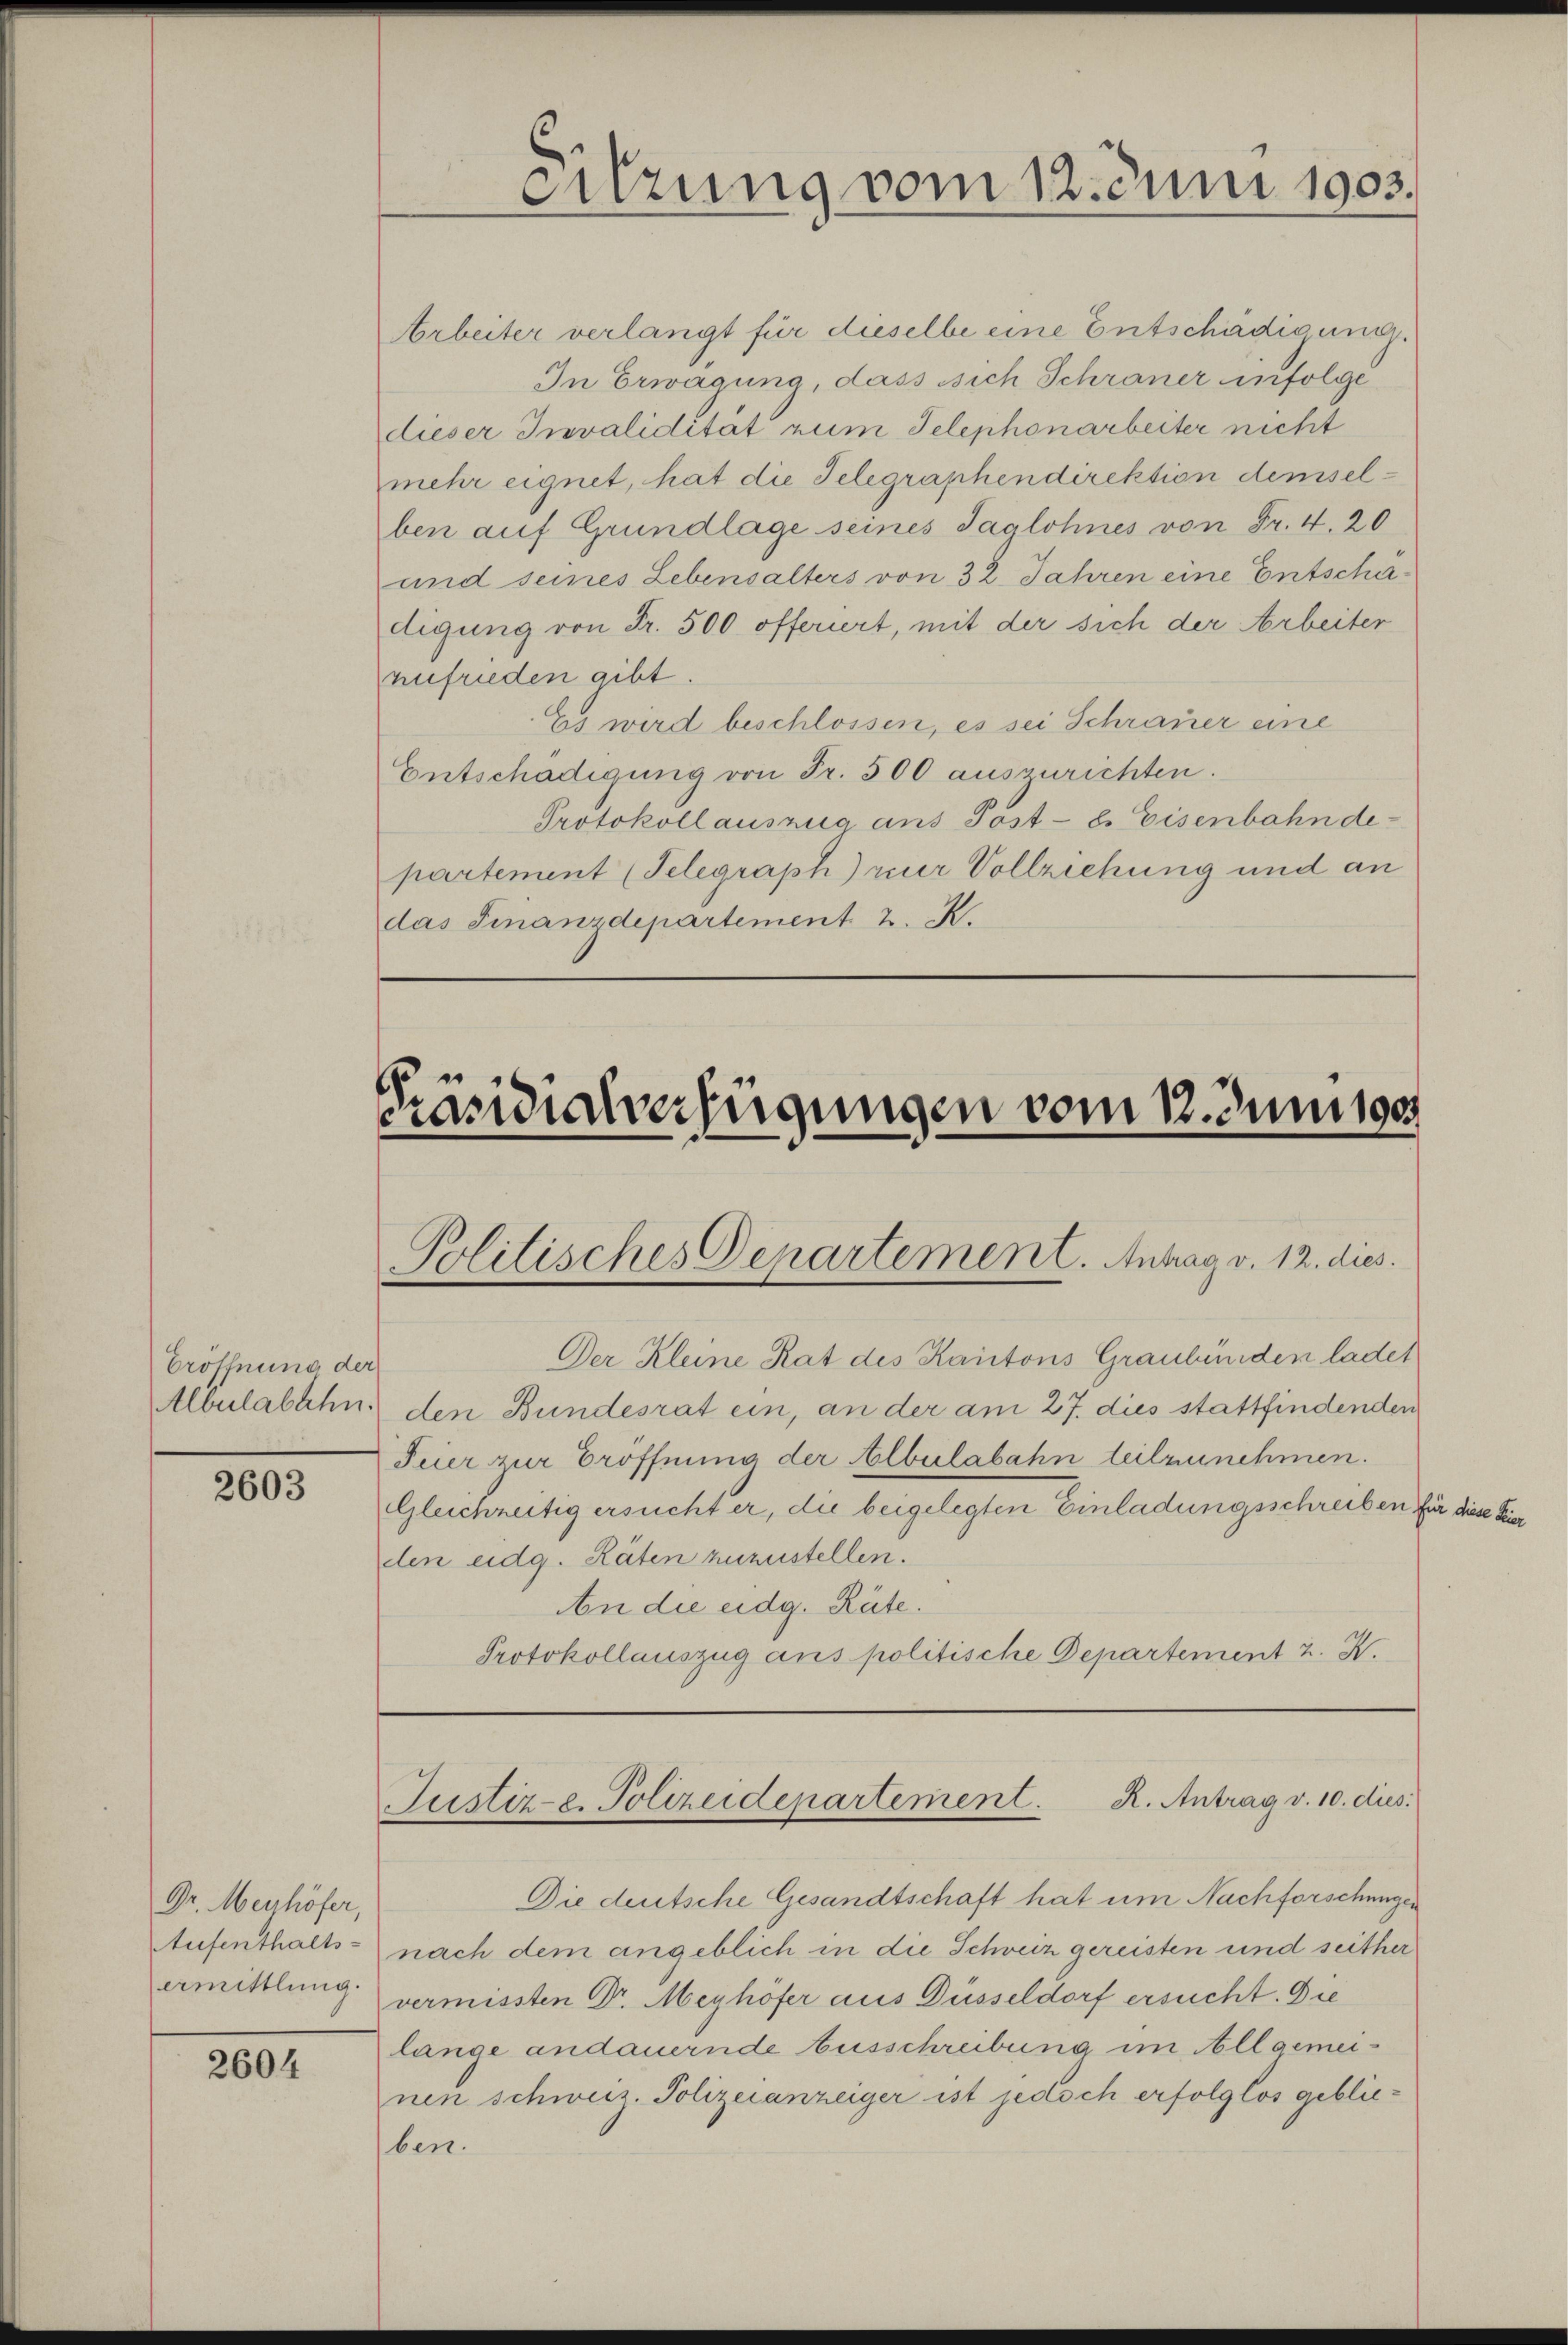
Eröffnung der
Albulabahn.

2603

Dr. Merhöfer,
Aufenthalts-
Amittlung.

2604

Arbeiter verlangt für dieselbe eine Entschädigung.
In Erwägung, dass sich Schraner infolge
dieser Invalidität zum Telephonarbeiter nicht
mehr eignet, hat die Telegraphendirektion demselben auf Grundlage seines Taglohnes von Fr. 4. 20
und seines Lebensalters von 32 Jahren eine Entschadigung von Fr. 500 offeriert, mit der sich der Arbeiter
nufrieden gibt
Es wird beschlossen, es sei Schrauer eine
Entschädigung von Fr. 500 auszurichten.
Protokollauszua ans Post- u. Eisenbahnde-
partement (Telegraph) nur Vollziehung und an
das Finanzdepartement 2. R.

eitzung vom 12. Juni 1903.

Präsidialverfügungen vom 12. Juni 1905.

Politisches Departement. Antrag v. 12. dies

Der Kleine Rat des Kantons Graubünden ladet
den Bundesrat ein, an der am 27. dies stattfindenden
Feier zur Eröffnung der Albulabahn teilzunehmen.
Gleichzeitig ersucht er, die beigelegten Einladungsschreiben für diese Feier
den eidg. Räten zuzustellen.
An die eidg. Räte.
Protokollauszug ans politische Departement 2. X.

R. Antrag v. 10. dies
Justiz- e. Polizeidepartement.

Die deutsche Gesandtschaft hat um Nachforschungen
nach dem angeblich in die Schweiz gereisten und seither
vermissten Dr. Meyhöfer aus Düsseldorf ersucht. Die
lange andauernde Ausschreibung im Allgemeinen schweiz. Polizeianzeiger ist jedoch erfolglos geblieben.